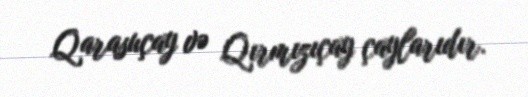
Qarasuçay və Qırmızıçay çaylarıdır.